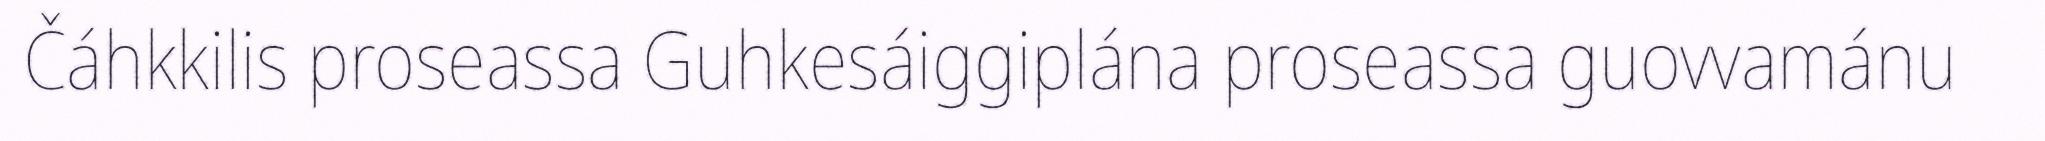
Čáhkkilis proseassa Guhkesáiggiplána proseassa guovvamánu